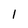
Character: I